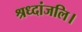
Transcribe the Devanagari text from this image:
श्रध्दांजलि।